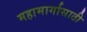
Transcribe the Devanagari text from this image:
महामार्गासाठी